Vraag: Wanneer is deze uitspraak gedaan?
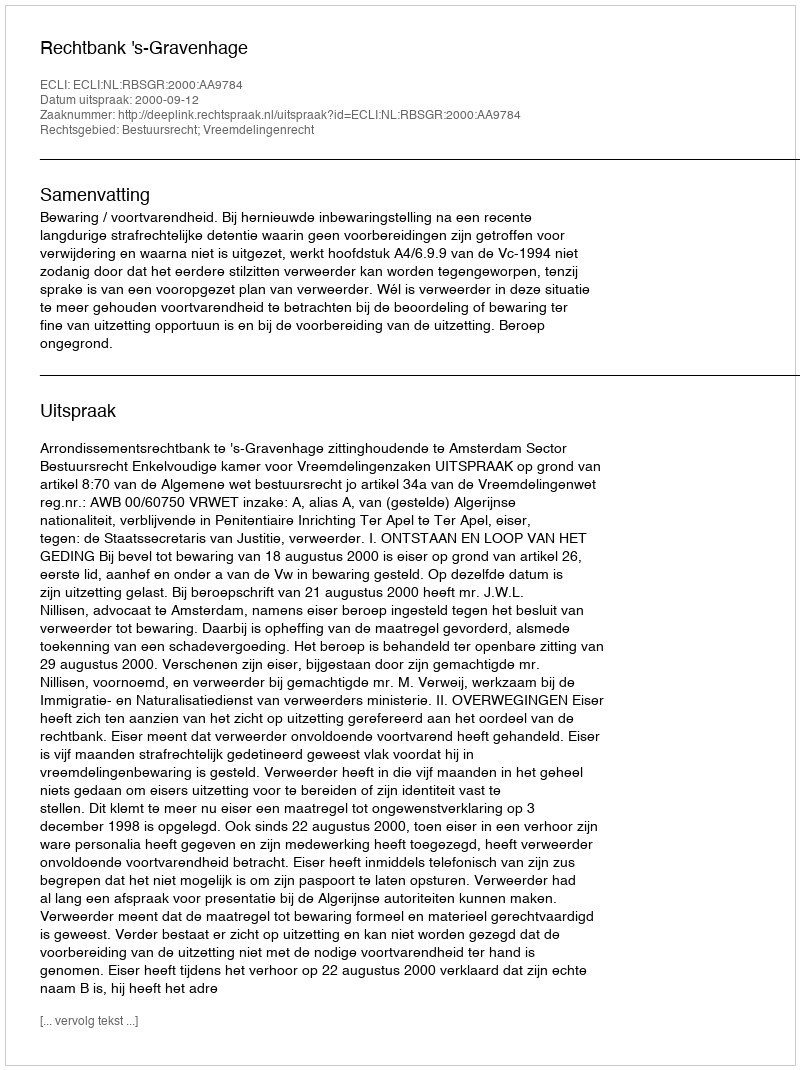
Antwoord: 2000-09-12